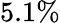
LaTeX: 5.1\%